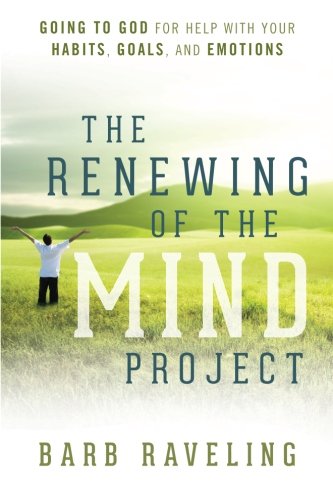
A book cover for The Renewing of the Mind Project: Going to God for Help with Your Habits, Goals, and Emotions; Barb Raveling; Christian Books & Bibles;